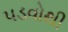
પડવોથી